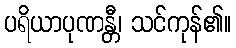
ပရိယာပုဏန္တီ၊ သင်ကုန်၏။